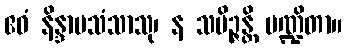
ဧဝံ နိန္ဒာပသံသာသု၊ န သမိဉ္ဇန္တိ ပဏ္ဍိတာ။